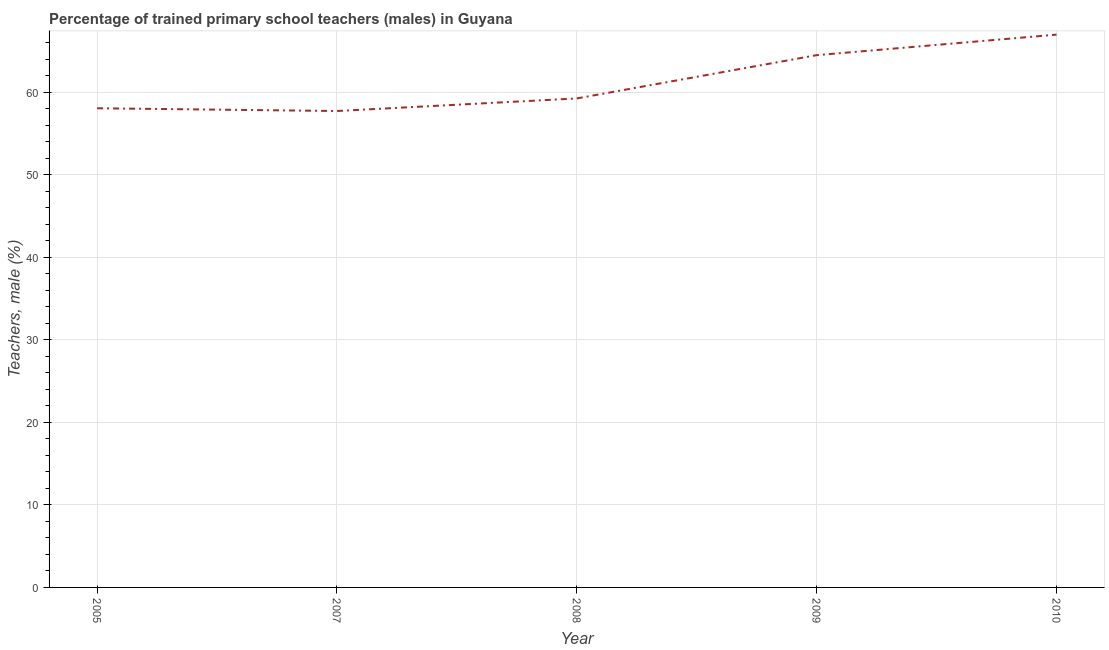
| Year | Trained teachers male |
 | --- | --- |
 | 2005 | 58 |
 | 2007 | 57.7 |
 | 2008 | 59.2 |
 | 2009 | 64.5 |
 | 2010 | 67 |